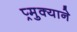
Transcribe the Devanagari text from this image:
प्र्मुक्याने